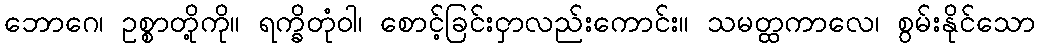
ဘောဂေ၊ ဥစ္စာတို့ကို။ ရက္ခိတုံဝါ၊ စောင့်ခြင်းငှာလည်းကောင်း။ သမတ္ထကာလေ၊ စွမ်းနိုင်သော